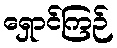
ရှောင်ကြဉ်